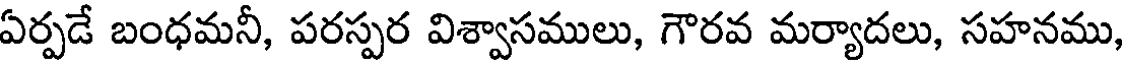
ఏర్పడే బంధమనీ, పరస్పర విశ్వాసములు, గౌరవ మర్యాదలు, సహనము,